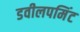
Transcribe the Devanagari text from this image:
डवीलपमिंट